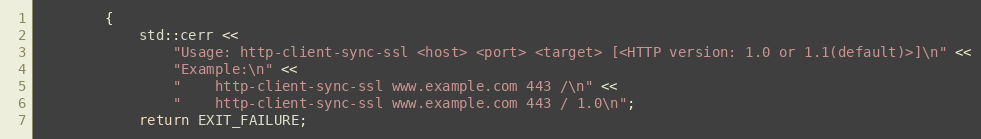
Language: C++
        {
            std::cerr <<
                "Usage: http-client-sync-ssl <host> <port> <target> [<HTTP version: 1.0 or 1.1(default)>]\n" <<
                "Example:\n" <<
                "    http-client-sync-ssl www.example.com 443 /\n" <<
                "    http-client-sync-ssl www.example.com 443 / 1.0\n";
            return EXIT_FAILURE;